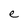
Character: e